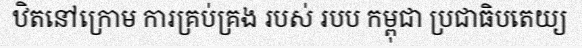
ឋិតនៅក្រោម ការគ្រប់គ្រង របស់ របប កម្ពុជា ប្រជាធិបតេយ្យ